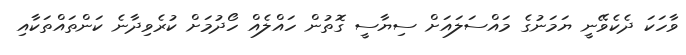
ވާހަކަ ދެކެވޭނީ ޔަމަނުގެ މައްސަލައަށް ސިޔާސީ ގޮތުން ހައްލެއް ހޯދުމަށް ކުރެވިދާނެ ކަންތައްތަކާއި